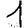
Digit: 1